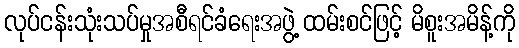
လုပ်ငန်းသုံးသပ်မှုအစီရင်ခံရေးအဖွဲ့ ထမ်းစင်ဖြင့် မိစူးအမိန့်ကို